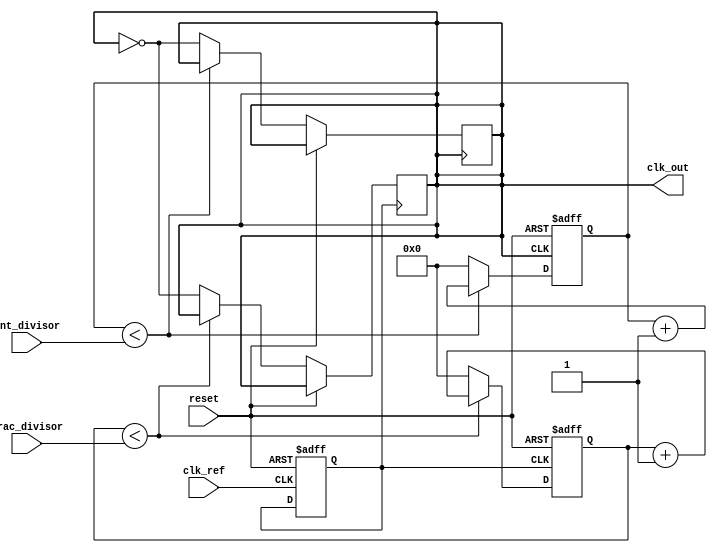
module frac_n_pll (
    input wire clk_ref,               // Reference clock input
    input wire reset,                 // Reset signal
    input wire [7:0] frac_divisor,    // Fractional divisor input
    input wire [7:0] int_divisor,     // Integer divisor input
    output wire clk_out               // Output clock
);

// Phase Detector
reg phase_error;
always @(posedge clk_ref or posedge reset) begin
    if (reset) begin
        phase_error <= 0;
    end else begin
        // Phase detection logic (simplified)
        // Compare reference clock with output clock (not implemented here)
    end
end

// Loop Filter
reg [15:0] control_voltage;
always @(posedge clk_ref or posedge reset) begin
    if (reset) begin
        control_voltage <= 0;
    end else begin
        // Loop filter logic (simplified)
        control_voltage <= control_voltage + phase_error; // Simple integrator
    end
end

// Voltage-Controlled Oscillator (VCO)
reg vco_out;
always @(posedge clk_ref or posedge reset) begin
    if (reset) begin
        vco_out <= 0;
    end else begin
        // VCO frequency control (simplified)
        // Control frequency based on control_voltage (not implemented here)
    end
end

// Fractional Divider
reg [15:0] frac_counter;
always @(posedge vco_out or posedge reset) begin
    if (reset) begin
        frac_counter <= 0;
    end else begin
        // Fractional division logic (simplified)
        // Increment counter and toggle clk_out based on fractional divisor
        if (frac_counter < frac_divisor) begin
            frac_counter <= frac_counter + 1;
        end else begin
            frac_counter <= 0;
            clk_out <= ~clk_out; // Toggle output clock
        end
    end
end

// Integer Divider
reg [15:0] int_counter;
always @(posedge clk_out or posedge reset) begin
    if (reset) begin
        int_counter <= 0;
    end else begin
        // Integer division logic (simplified)
        // Increment counter and toggle clk_out based on integer divisor
        if (int_counter < int_divisor) begin
            int_counter <= int_counter + 1;
        end else begin
            int_counter <= 0;
            clk_out <= ~clk_out; // Toggle output clock
        end
    end
end

// Memory Blocks (for storing settings)
reg [7:0] memory_block [0:255]; // Example memory block
initial begin
    // Load initial settings into memory (example)
    memory_block[0] = 8'h01; // Example setting
    // More settings can be initialized as needed
end

// Digital Controller
// This is a placeholder for the digital controller logic
// It would manage the state of the PLL and interact with memory blocks

endmodule